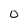
Character: O